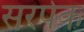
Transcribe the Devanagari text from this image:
सरपेक